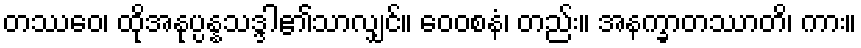
တဿေဝ၊ ထိုအနုပ္ပန္နသဒ္ဒါ၏သာလျှင်။ ဝေဝစနံ၊ တည်း။ အနက္ခာတဿာတိ၊ ကား။